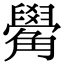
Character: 觷